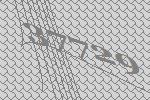
37729